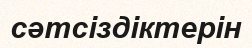
сәтсіздіктерін